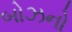
બોઝનો